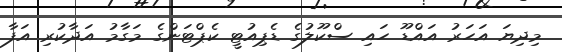
މިދިޔަ އަހަރު އައްޑޫ ހައި ސްކޫލުގެ ޑެޕިއުޓީ ކެޕްޓަންގެ މަގާމު އަދާކުރި އަފާ